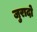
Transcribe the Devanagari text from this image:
जुरादो